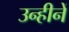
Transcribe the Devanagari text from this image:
उन्हीनें